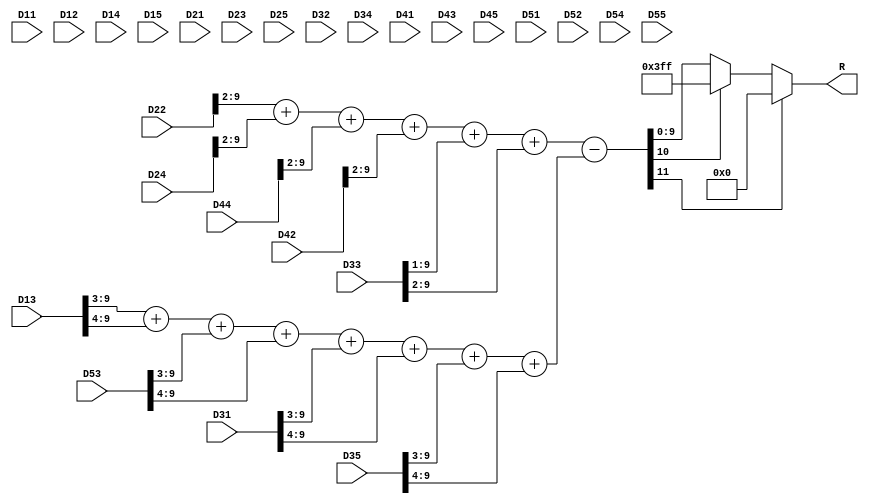
module R_at_B_in_Brow_Bcolumn (
    input [9:0] D11,D12,D13,D14,D15,
    input [9:0] D21,D22,D23,D24,D25,
    input [9:0] D31,D32,D33,D34,D35,
    input [9:0] D41,D42,D43,D44,D45,
    input [9:0] D51,D52,D53,D54,D55,

    output [9:0] R 
);

wire [11:0] R_;
//assign R =   +{2'b0,D22[9:2]} + {2'b0,D24[9:2]} + {2'b0,D44[9:2]} + {2'b0,D42[9:2]}
//             +10'd3*{2'b0,D33[9:2]}
//             -10'd3*{4'b0,D13[9:4]}-10'd3*{4'b0,D53[9:4]}-10'd3*{4'b0,D31[9:4]}-10'd3*{4'b0,D35[9:4]};

assign R_ =   +{2'b0,D22[9:2]} + {2'b0,D24[9:2]} + {2'b0,D44[9:2]} + {2'b0,D42[9:2]}
             +{1'b0,D33[9:1]} + {2'b0,D33[9:2]}
             -({3'b0,D13[9:3]} + {4'b0,D13[9:4]} + {3'b0,D53[9:3]} + {4'b0,D53[9:4]} + {3'b0,D31[9:3]} + {4'b0,D31[9:4]} + {3'b0,D35[9:3]} + {4'b0,D35[9:4]});

assign R = (R_[11] == 1)?10'd0:((R_[10]==1)?10'h3FF:R_[9:0]);

endmodule //R_at_B_in_Brow_Bcolumn